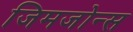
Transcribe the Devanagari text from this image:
जिमजोन्स